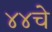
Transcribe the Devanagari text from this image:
४४चे